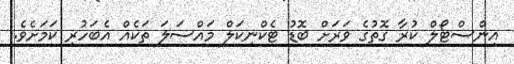
އިންސްޓޯލް ކުރާ ގޮތުގެ ވަރަށް ބޮޑު ޓެކްނިކަލް މައްސަލަ ތަކެއް އެބަހުރި ކަމަށެވެ.